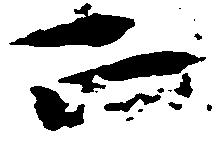
正